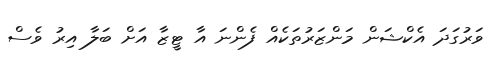
ވަރުގަދަ އެކްޝަން މަންޒަރުތަކެއް ފެންނަ އާ ޓީޒާ އަށް ބަލާ އިރު ވެސް